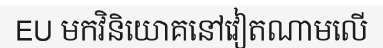
EU មកវិនិយោគនៅវៀតណាមលើ